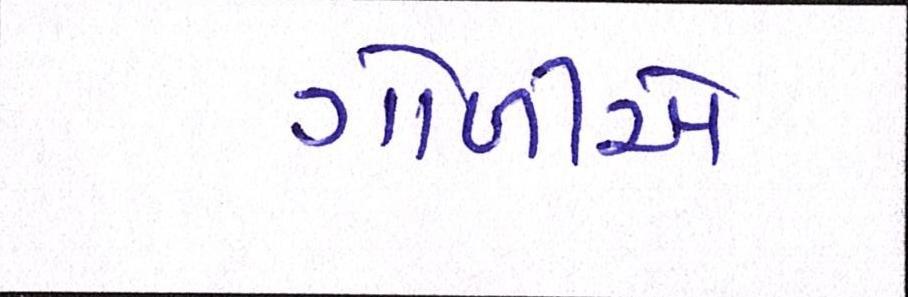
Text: ગોળીએ